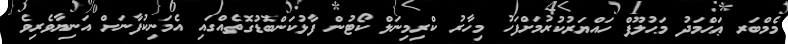
މެމްބަރ ޢަޙްމަދު މަޙުލޫފް ހައްޔަރުކުރުމަށްފަހު މިހާރު ކްރިމިނަލް ކޯޓުން ފާޅުކަންބޮޑުގޮތެއްގައި އެމަނިކުފާނަށް އަނިޔާވެރިވެ